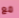
مع